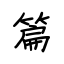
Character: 篇